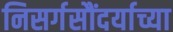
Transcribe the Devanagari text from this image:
निसर्गसौंदर्याच्या